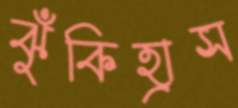
ঝুঁকিহ্রাস